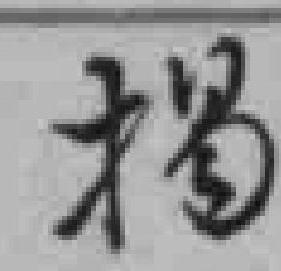
揭